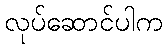
လုပ်ဆောင်ပါက